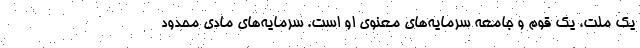
یک ملت، یک قوم و جامعه سرمایه‌های معنوی او است. سرمایه‌های مادی محدود